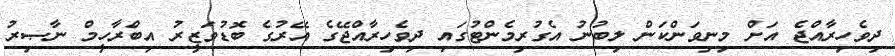
ދިވެހިރާއްޖެ އަށް މިނިވަންކަން ލިބުނު އެގުރިމެންޓުގައި ދިވެހިރާއްޖޭގެ އޭރުގެ ބޮޑުވަޒީރު އިބްރާހީމް ނާޞިރު